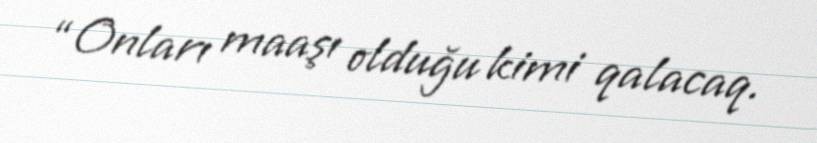
“Onları maaşı olduğu kimi qalacaq.